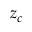
z _ { c }